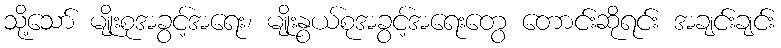
သို့သော် မျိုးစုအခွင့်အရေး၊ မျိုးနွယ်စုအခွင့်အရေးတွေ တောင်းဆိုရင်း အချင်းချင်း